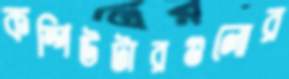
কম্পিউটারগুলোর